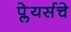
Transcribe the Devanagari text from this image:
प्लेयर्सचे